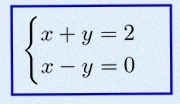
\begin{cases}x+y=2\\x-y=0\end{cases}